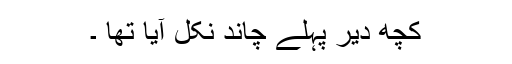
کچھ دیر پہلے چاند نکل آیا تھا ۔